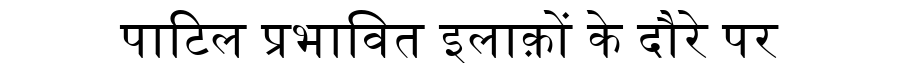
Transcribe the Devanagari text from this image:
पाटिल प्रभावित इलाक़ों के दौरे पर